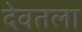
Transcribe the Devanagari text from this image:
देवतला